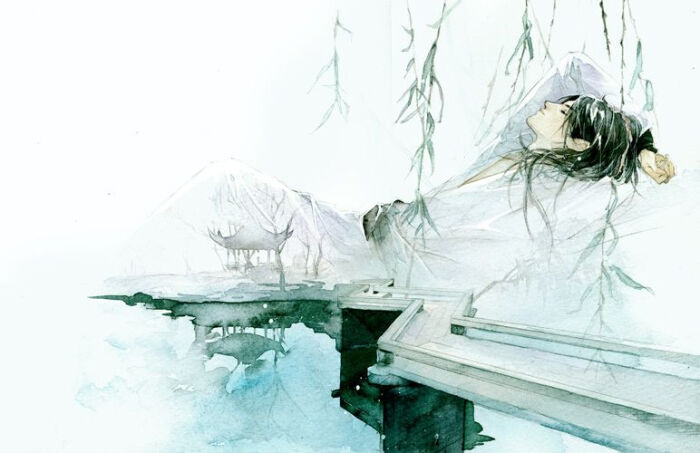
红楼隔雨相望冷，珠箔飘灯独自归。